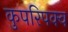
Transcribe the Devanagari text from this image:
कुपरिपक्व